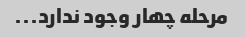
مرحله چهار وجود ندارد...